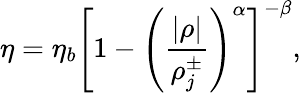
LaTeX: \eta=\eta_{b}\left[1-\left(\frac{|\rho|}{\rho_{j}^{\pm}}\right)^{\alpha}\right]^{-\beta},